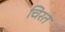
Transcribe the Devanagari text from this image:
चिरत